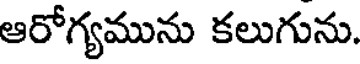
ఆరోగ్యమును కలుగును.